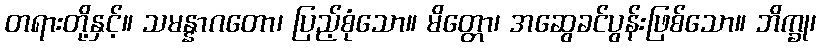
တရားတို့နှင့်။ သမန္နာဂတော၊ ပြည့်စုံသော။ မိတ္တော၊ အဆွေခင်ပွန်းဖြစ်သော။ ဘိက္ခု၊